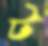
ট